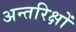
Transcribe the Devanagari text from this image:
अन्तरिक्षों